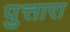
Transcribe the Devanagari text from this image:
पुत्तारा